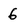
Character: 6